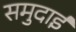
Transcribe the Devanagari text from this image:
समुदाई